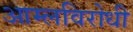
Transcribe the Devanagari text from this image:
आम्लविरोधी